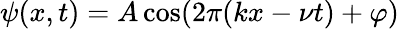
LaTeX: \psi(x,t)=A\cos(2\pi(kx-\nu t)+\varphi)